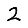
Digit: 2